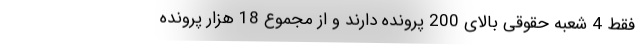
فقط 4 شعبه حقوقی بالای 200 پرونده دارند و از مجموع 18 هزار پرونده